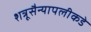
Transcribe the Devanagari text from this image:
शत्रूसैन्यापलीकडे